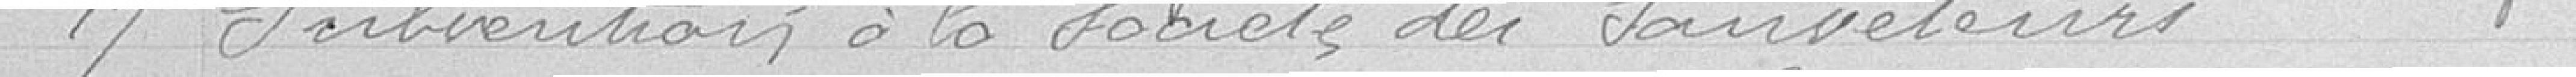
17 Subvention à la société des sauveteurs